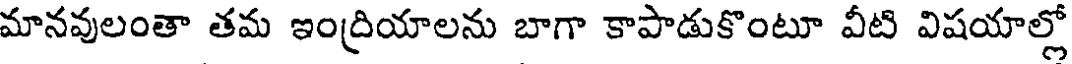
మానవులంతా తమ ఇంద్రియాలను బాగా కాపాడుకొంటూ వీటి విషయాల్లో